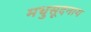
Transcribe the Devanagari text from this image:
मधुसूदनाय